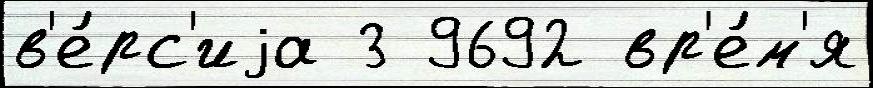
в'е́рс'иjа 3 9692 вр'е́м'я